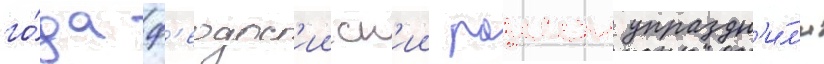
го́да ф'еодос'ииск'ии раион упраздн'и́л'и